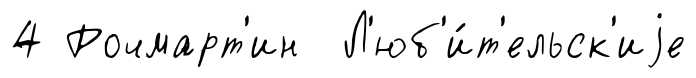
4 Рочмарт'ин Л'юб'и́т'ельск'иjе